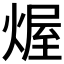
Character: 𤌆